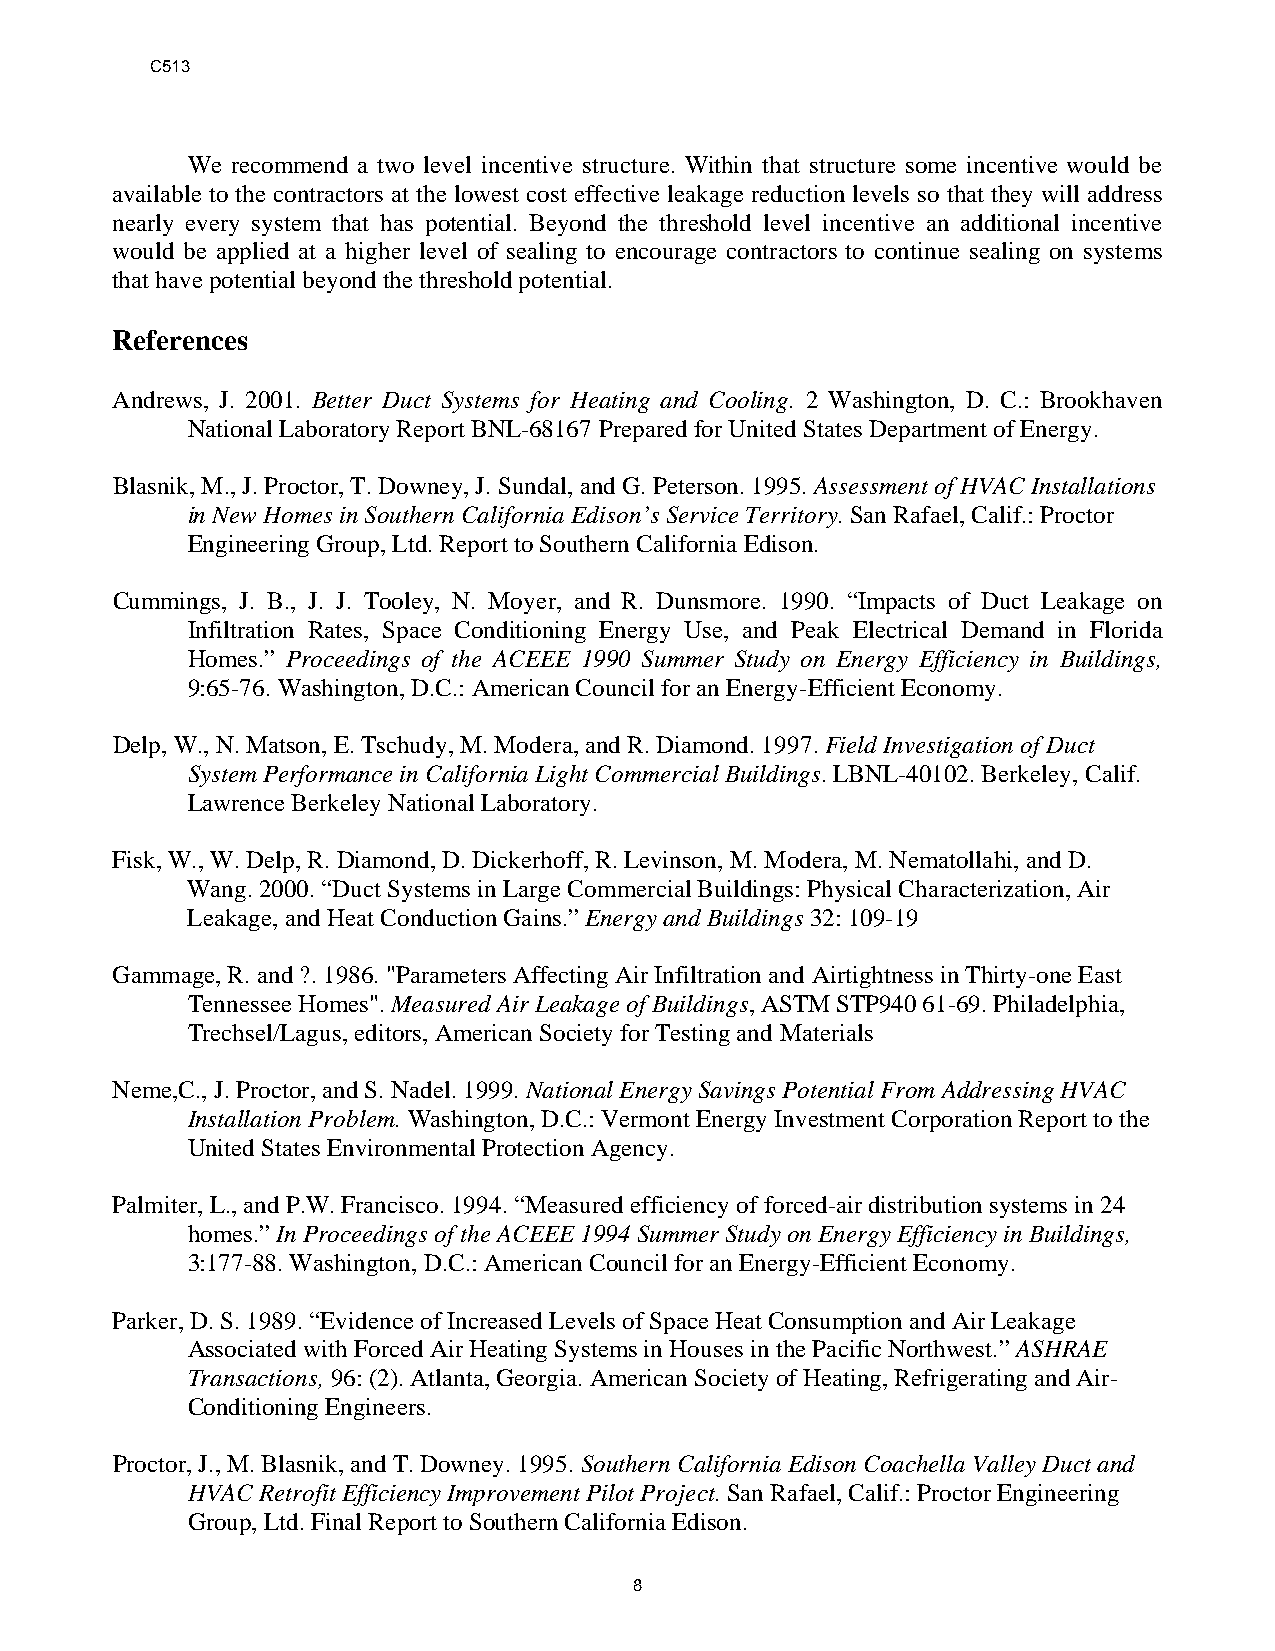
C513
 We recommend a two level incentive structure. Within that structure some incentive would be
 available to the contractors at the lowest cost effective leakage reduction levels so that they will address
 nearly every system that has potential. Beyond the threshold level incentive an additional incentive
 would be applied at a higher level of sealing to encourage contractors to continue sealing on systems
 that have potential beyond the threshold potential.
 References
 Andrews, J. 2001. Better Duct Systems for Heating and Cooling. 2 Washington, D. C.: Brookhaven
 National Laboratory Report BNL-68167 Prepared for United States Department of Energy.
 Blasnik, M., J. Proctor, T. Downey, J. Sundal, and G. Peterson. 1995. Assessment of HVAC Installations
 in New Homes in Southern California Edison’s Service Territory. San Rafael, Calif.: Proctor
 Engineering Group, Ltd. Report to Southern California Edison.
 Cummings, J. B., J. J. Tooley, N. Moyer, and R. Dunsmore. 1990. “Impacts of Duct Leakage on
 Infiltration Rates, Space Conditioning Energy Use, and Peak Electrical Demand in Florida
 Homes.” Proceedings of the ACEEE 1990 Summer Study on Energy Efficiency in Buildings,
 9:65-76. Washington, D.C.: American Council for an Energy-Efficient Economy.
 Delp, W., N. Matson, E. Tschudy, M. Modera, and R. Diamond. 1997. Field Investigation of Duct
 System Performance in California Light Commercial Buildings. LBNL-40102. Berkeley, Calif.
 Lawrence Berkeley National Laboratory.
 Fisk, W., W. Delp, R. Diamond, D. Dickerhoff, R. Levinson, M. Modera, M. Nematollahi, and D.
 Wang. 2000. “Duct Systems in Large Commercial Buildings: Physical Characterization, Air
 Leakage, and Heat Conduction Gains.” Energy and Buildings 32: 109-19
 Gammage, R. and ?. 1986. "Parameters Affecting Air Infiltration and Airtightness in Thirty-one East
 Tennessee Homes". Measured Air Leakage of Buildings, ASTM STP940 61-69. Philadelphia,
 Trechsel/Lagus, editors, American Society for Testing and Materials
 Neme,C., J. Proctor, and S. Nadel. 1999. National Energy Savings Potential From Addressing HVAC
 Installation Problem. Washington, D.C.: Vermont Energy Investment Corporation Report to the
 United States Environmental Protection Agency.
 Palmiter, L., and P.W. Francisco. 1994. “Measured efficiency of forced-air distribution systems in 24
 homes.” In Proceedings of the ACEEE 1994 Summer Study on Energy Efficiency in Buildings,
 3:177-88. Washington, D.C.: American Council for an Energy-Efficient Economy.
 Parker, D. S. 1989. “Evidence of Increased Levels of Space Heat Consumption and Air Leakage
 Associated with Forced Air Heating Systems in Houses in the Pacific Northwest.” ASHRAE
 Transactions, 96: (2). Atlanta, Georgia. American Society of Heating, Refrigerating and Air-
 Conditioning Engineers.
 Proctor, J., M. Blasnik, and T. Downey. 1995. Southern California Edison Coachella Valley Duct and
 HVAC Retrofit Efficiency Improvement Pilot Project. San Rafael, Calif.: Proctor Engineering
 Group, Ltd. Final Report to Southern California Edison.
 8